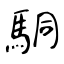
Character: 駧